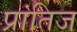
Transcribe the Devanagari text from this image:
प्रांतिज